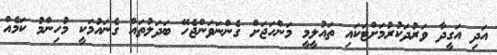
އަދި އަގީދާ ވަރުދަކުރުމަށްޓަކައި ތައުލީމީ މަންހަޖަށް ގެންނަވަންޖެހޭ ބަދަލުތައް ގެނައުމަކީ މުހިންމު ކަމެއް